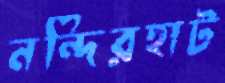
নন্দিরহাট